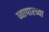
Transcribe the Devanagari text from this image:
व्यापारच्या